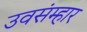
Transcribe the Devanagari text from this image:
उवसंम्हार